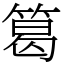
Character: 䈓